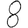
Digit: 8